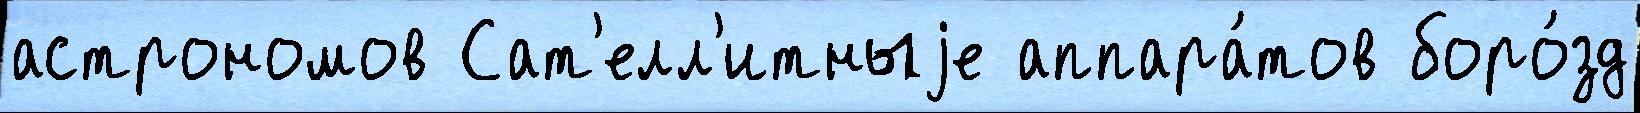
астрономов Сат'елл'итныjе аппара́тов боро́зд